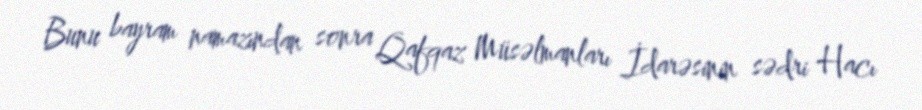
Bunu bayram namazından sonra Qafqaz Müsəlmanları İdarəsinin sədri Hacı